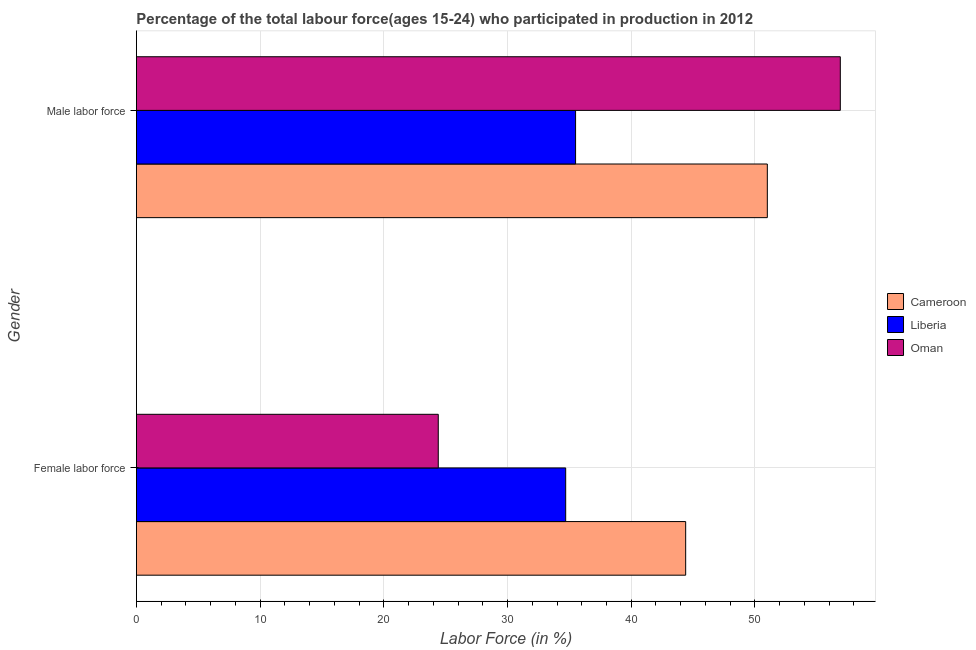
| Gender | Cameroon | Liberia | Oman |
 | --- | --- | --- | --- |
 | Female labor force | 44.4 | 34.7 | 24.4 |
 | Male labor force | 51 | 35.5 | 56.9 |